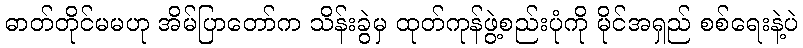
ဓာတ်တိုင်မမဟု အိမ်ပြာတော်က သိန်းခွဲမှ ထုတ်ကုန်ဖွဲ့စည်းပုံကို မိုင်အရှည် စစ်ရေးနဲ့ပဲ